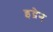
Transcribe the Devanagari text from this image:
इद्रेन